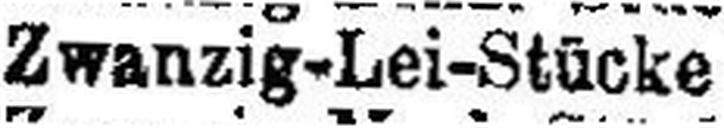
Zwanzig-Lei-Stücke